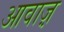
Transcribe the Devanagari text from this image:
आवाज़़